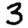
Digit: 3